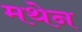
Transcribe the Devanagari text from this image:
मथेन